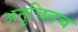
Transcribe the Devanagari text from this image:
अनुचितच